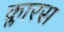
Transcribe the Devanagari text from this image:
क्लारस